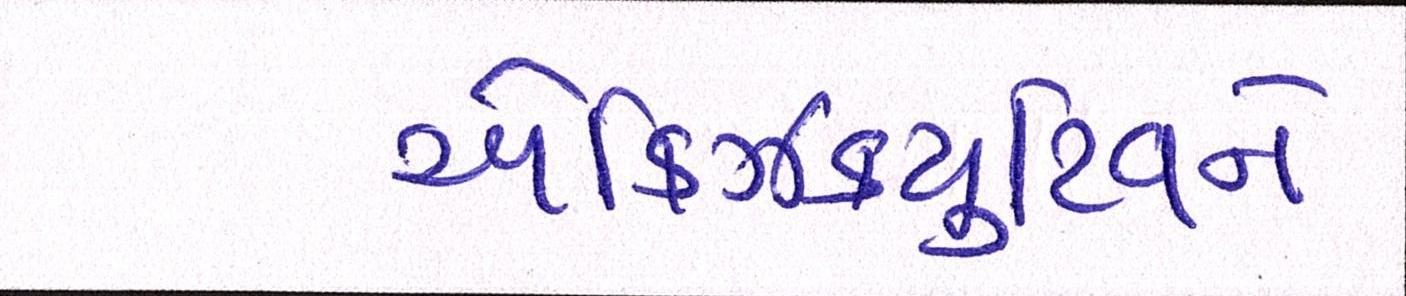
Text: એક્ઝિક્યુટિવને